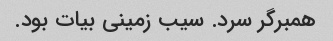
همبرگر سرد. سیب زمینی بیات بود.